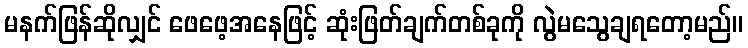
မနက်ဖြန်ဆိုလျှင် ဖေဖေ့အနေဖြင့် ဆုံးဖြတ်ချက်တစ်ခုကို လွဲမသွေချရတော့မည်။